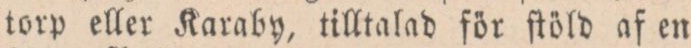
torp eller Karaby, tilltalad för ftöld af en